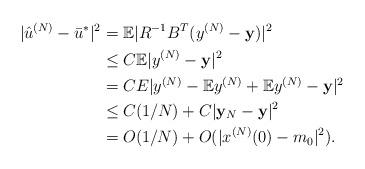
LaTeX: \begin{align*}|\hat u^{(N)}-\bar u^* |^2 &= {\mathbb E}|R^{-1}B^T(y^{(N)}- {\bf y})|^2 \\ &\le C {\mathbb E}|y^{(N)}-{\bf y}|^2 \\ &= CE|y^{(N)} -{\mathbb E} y^{(N)}+{\mathbb E}y^{(N)}-{\bf y}|^2\\ &\le C (1/N) +C |{\bf y}_N-{\bf y}|^2\\ &=O(1/N)+ O(|x^{(N)}(0)-m_0|^2).\end{align*}